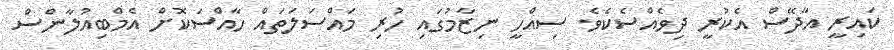
ކައިރީ އާދޭސް އެކުރީ ދިވެއްސެކެވެ. ސިއްހީ ނިޒާމުގައި ހުރި މައްސަލަތައް ހާއްސަކޮށް އެމްބިއުލާންސް